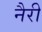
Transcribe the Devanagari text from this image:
नैरी